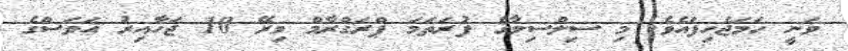
ވަނީ ހަމަޖެހިފައެވެ. މި ސިލްސިލާގެ ފުރަތަމަ ޕްރަގްރާމް މިރޭ 10 ޖަހާއިރު އަވަސްގެ